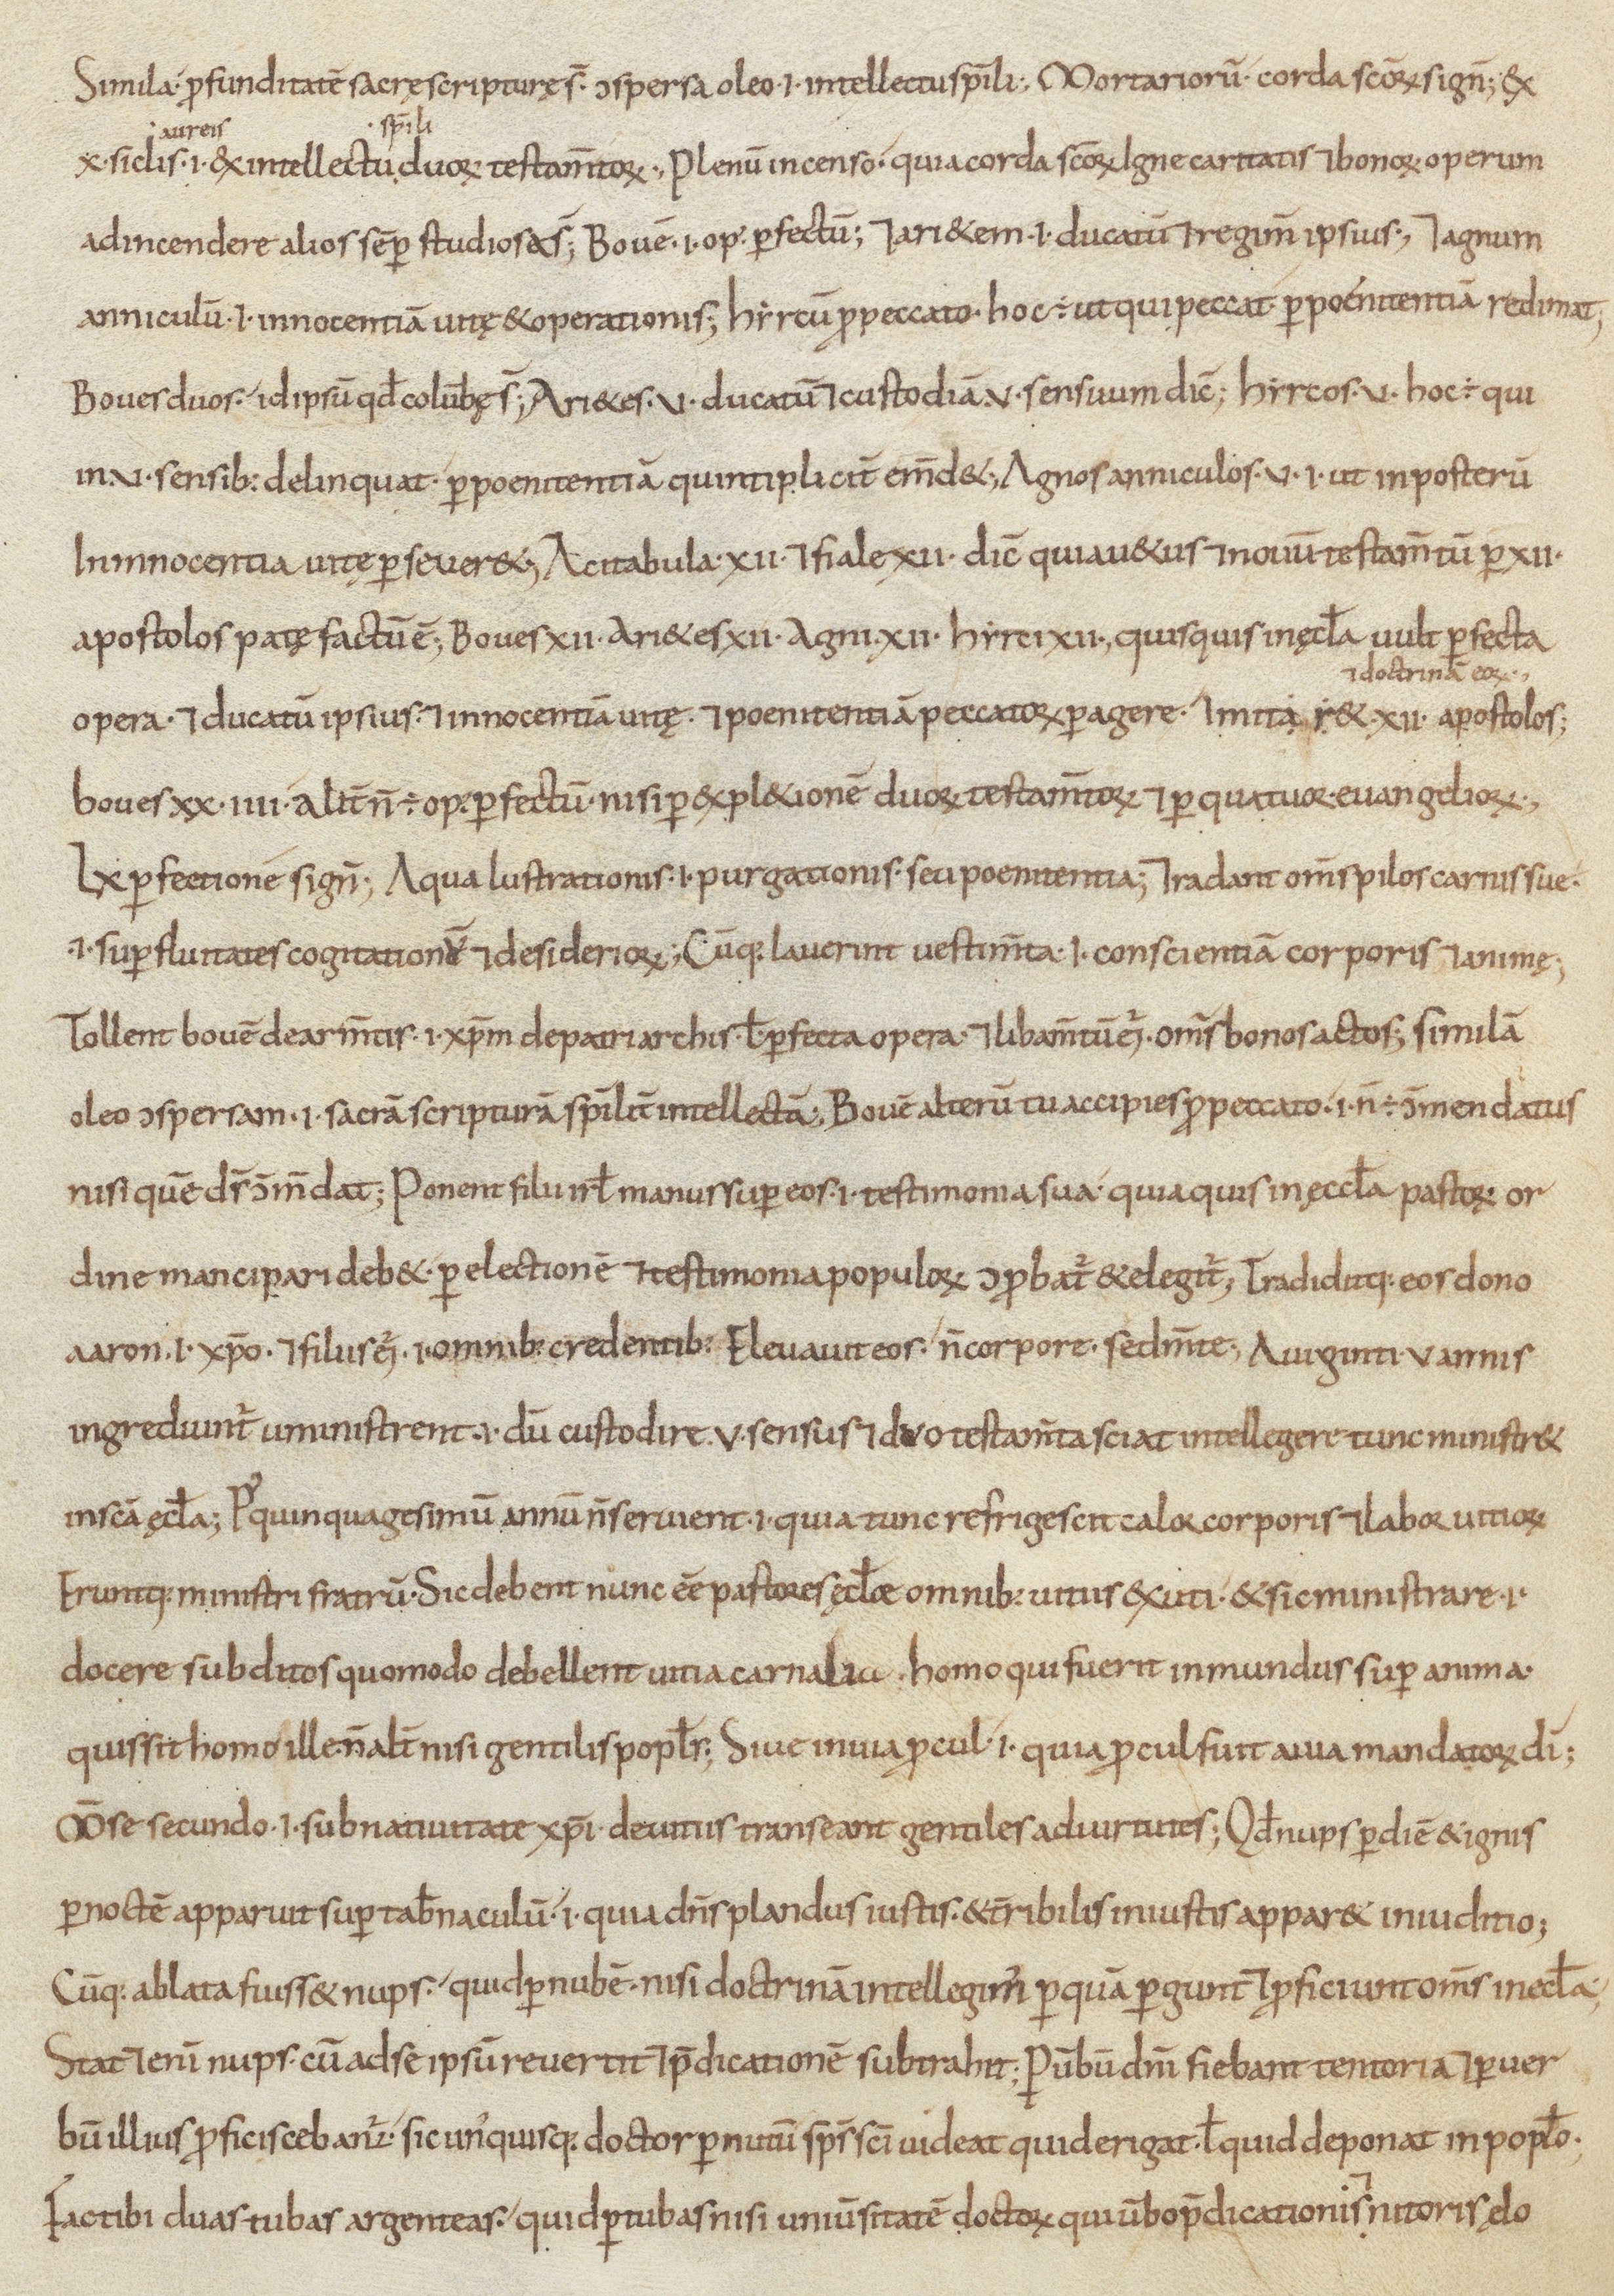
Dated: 800–899